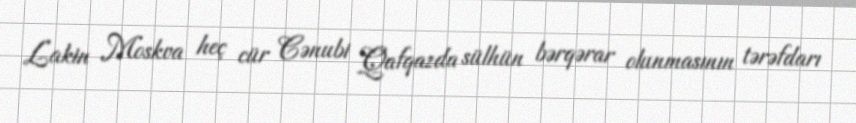
Lakin Moskva heç cür Cənubi Qafqazda sülhün bərqərar olunmasının tərəfdarı